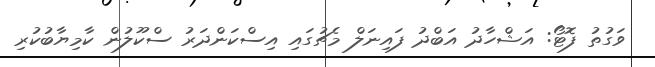
ވަގުތު ފޮޓޯ: އަޝްހާދު އަބްދު ފައިނަލް މެޗުގައި އިސްކަންދަރު ސްކޫލުން ކާމިޔާބުކުރި